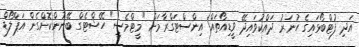
އަދި ފުޓްބޯޅައިގެ ހުނަރު ދައްކުވައިދޭ ވީޑިއޯތައް އިންސްޓަގްރާމަށް "މީޓްމެސީ" ހޭޝްޓެގް ބޭނުންކޮށްގެން އަޕްލޯޑް